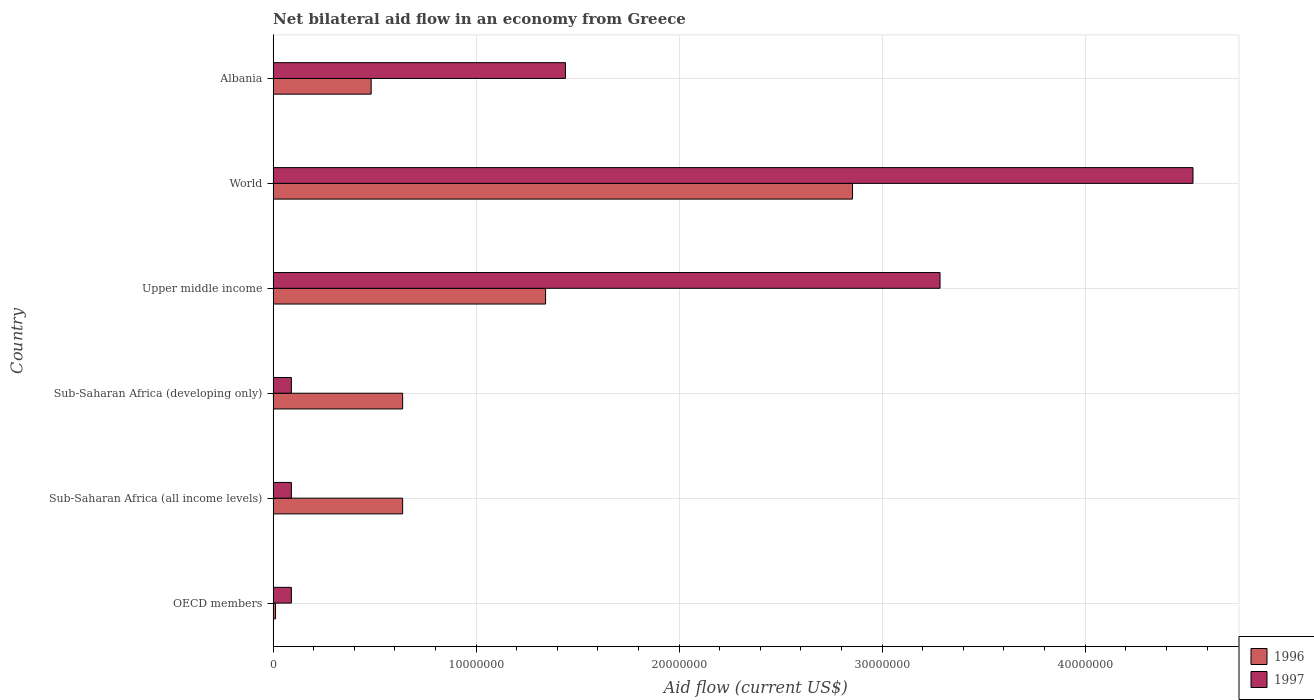
| Country | 1996 | 1997 |
 | --- | --- | --- |
 | OECD members | 1.2e+05 | 9e+05 |
 | Sub-Saharan Africa (all income levels) | 6.38e+06 | 9e+05 |
 | Sub-Saharan Africa (developing only) | 6.38e+06 | 9e+05 |
 | Upper middle income | 1.34e+07 | 3.28e+07 |
 | World | 2.85e+07 | 4.53e+07 |
 | Albania | 4.83e+06 | 1.44e+07 |